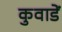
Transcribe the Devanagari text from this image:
कुवाडें